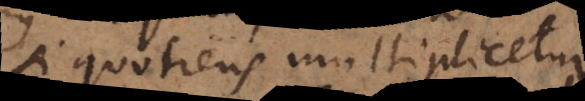
si quotiens multiplicetur